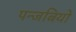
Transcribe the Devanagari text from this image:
पन्जबियो